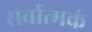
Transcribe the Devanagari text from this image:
सर्वात्मकं